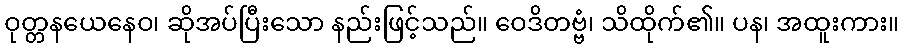
ဝုတ္တနယေနေဝ၊ ဆိုအပ်ပြီးသော နည်းဖြင့်သည်။ ဝေဒိတဗ္ဗံ၊ သိထိုက်၏။ ပန၊ အထူးကား။